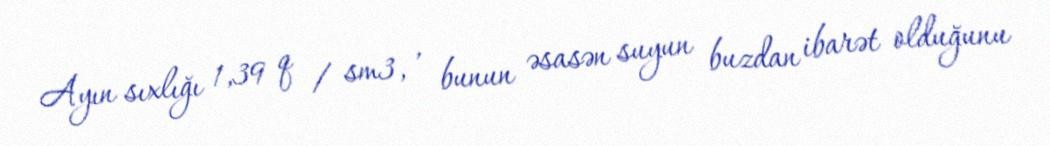
Ayın sıxlığı 1,39 q / sm3, , bunun əsasən suyun buzdan ibarət olduğunu